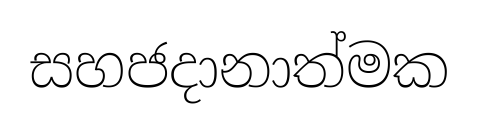
සහජදානාත්මක